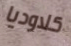
كلاوديا